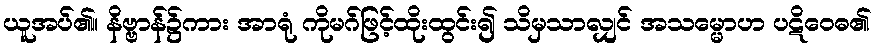
ယူအပ်၏။ နိဗ္ဗာန်၌ကား အာရုံ ကိုမဂ်ဖြင့်ထိုးထွင်း၍ သိမှသာလျှင် အသမ္မောဟ ပဋိဝေဓ၏